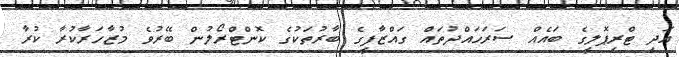
އަދި ޓްރިޕޮލީގެ ބައެއް ސަރަހައްދުތައް ގައްޒާފީގެ ބާރުތަކުގެ ކޮންޓްރޯލުން ބޭރުވެ މުޒާހަރާކުރާ ކުރާ